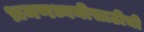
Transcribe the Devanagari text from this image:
भ्रमणध्वनीसाठीची